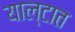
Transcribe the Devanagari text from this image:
याल्टात